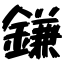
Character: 鎌